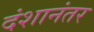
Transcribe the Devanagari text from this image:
दंशानंतर